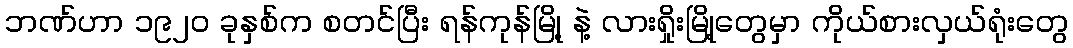
ဘဏ်ဟာ ၁၉၂၀ ခုနှစ်က စတင်ပြီး ရန်ကုန်မြို့ နဲ့ လားရှိုးမြို့တွေမှာ ကိုယ်စားလှယ်ရုံးတွေ